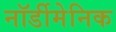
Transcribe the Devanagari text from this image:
नॉर्डीमेनिक